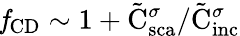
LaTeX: \mathit{f}_{\mathrm{{CD}}}\sim 1+{\tilde{\mathrm{{C}}}_{\mathrm{{sca}}}^{\sigma}}/{\tilde{\mathrm{{C}}}_{\mathrm{{inc}}}^{\sigma}}